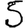
Digit: 5